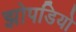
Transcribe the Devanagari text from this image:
झोपडियो